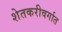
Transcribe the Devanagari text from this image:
शेतकरीवर्गात